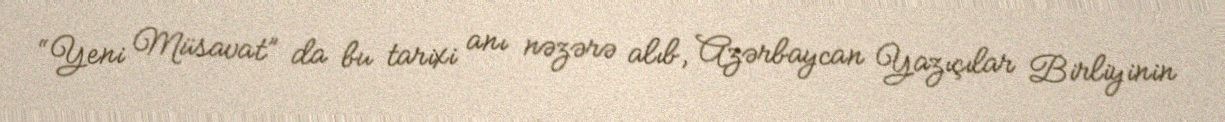
“Yeni Müsavat” da bu tarixi anı nəzərə alıb, Azərbaycan Yazıçılar Birliyinin